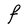
Character: F